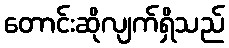
တောင်းဆိုလျက်ရှိသည်